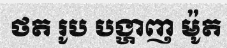
ថត រូប បង្ហាញ ម៉ូត